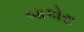
બાકોરા